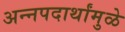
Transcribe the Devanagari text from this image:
अन्नपदार्थांमुळे